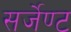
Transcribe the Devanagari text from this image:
सर्जेण्ट